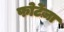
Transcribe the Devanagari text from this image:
फोर्टेज़ा